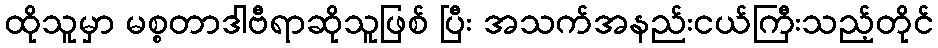
ထိုသူမှာ မစ္စတာဒါဗီရာဆိုသူဖြစ် ပြီး အသက်အနည်းငယ်ကြီးသည့်တိုင်